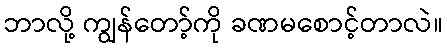
ဘာလို့ ကျွန်တော့်ကို ခဏမစောင့်တာလဲ။